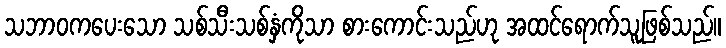
သဘာဝကပေးသော သစ်သီးသစ်နှံကိုသာ စားကောင်းသည်ဟု အထင်ရောက်သူဖြစ်သည်။